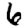
Digit: 6